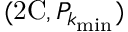
( \mathrm { 2 C } , P _ { k _ { \mathrm { m i n } } } )